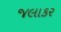
જલાકર